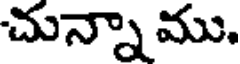
చున్నా ము.